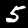
Label: 5